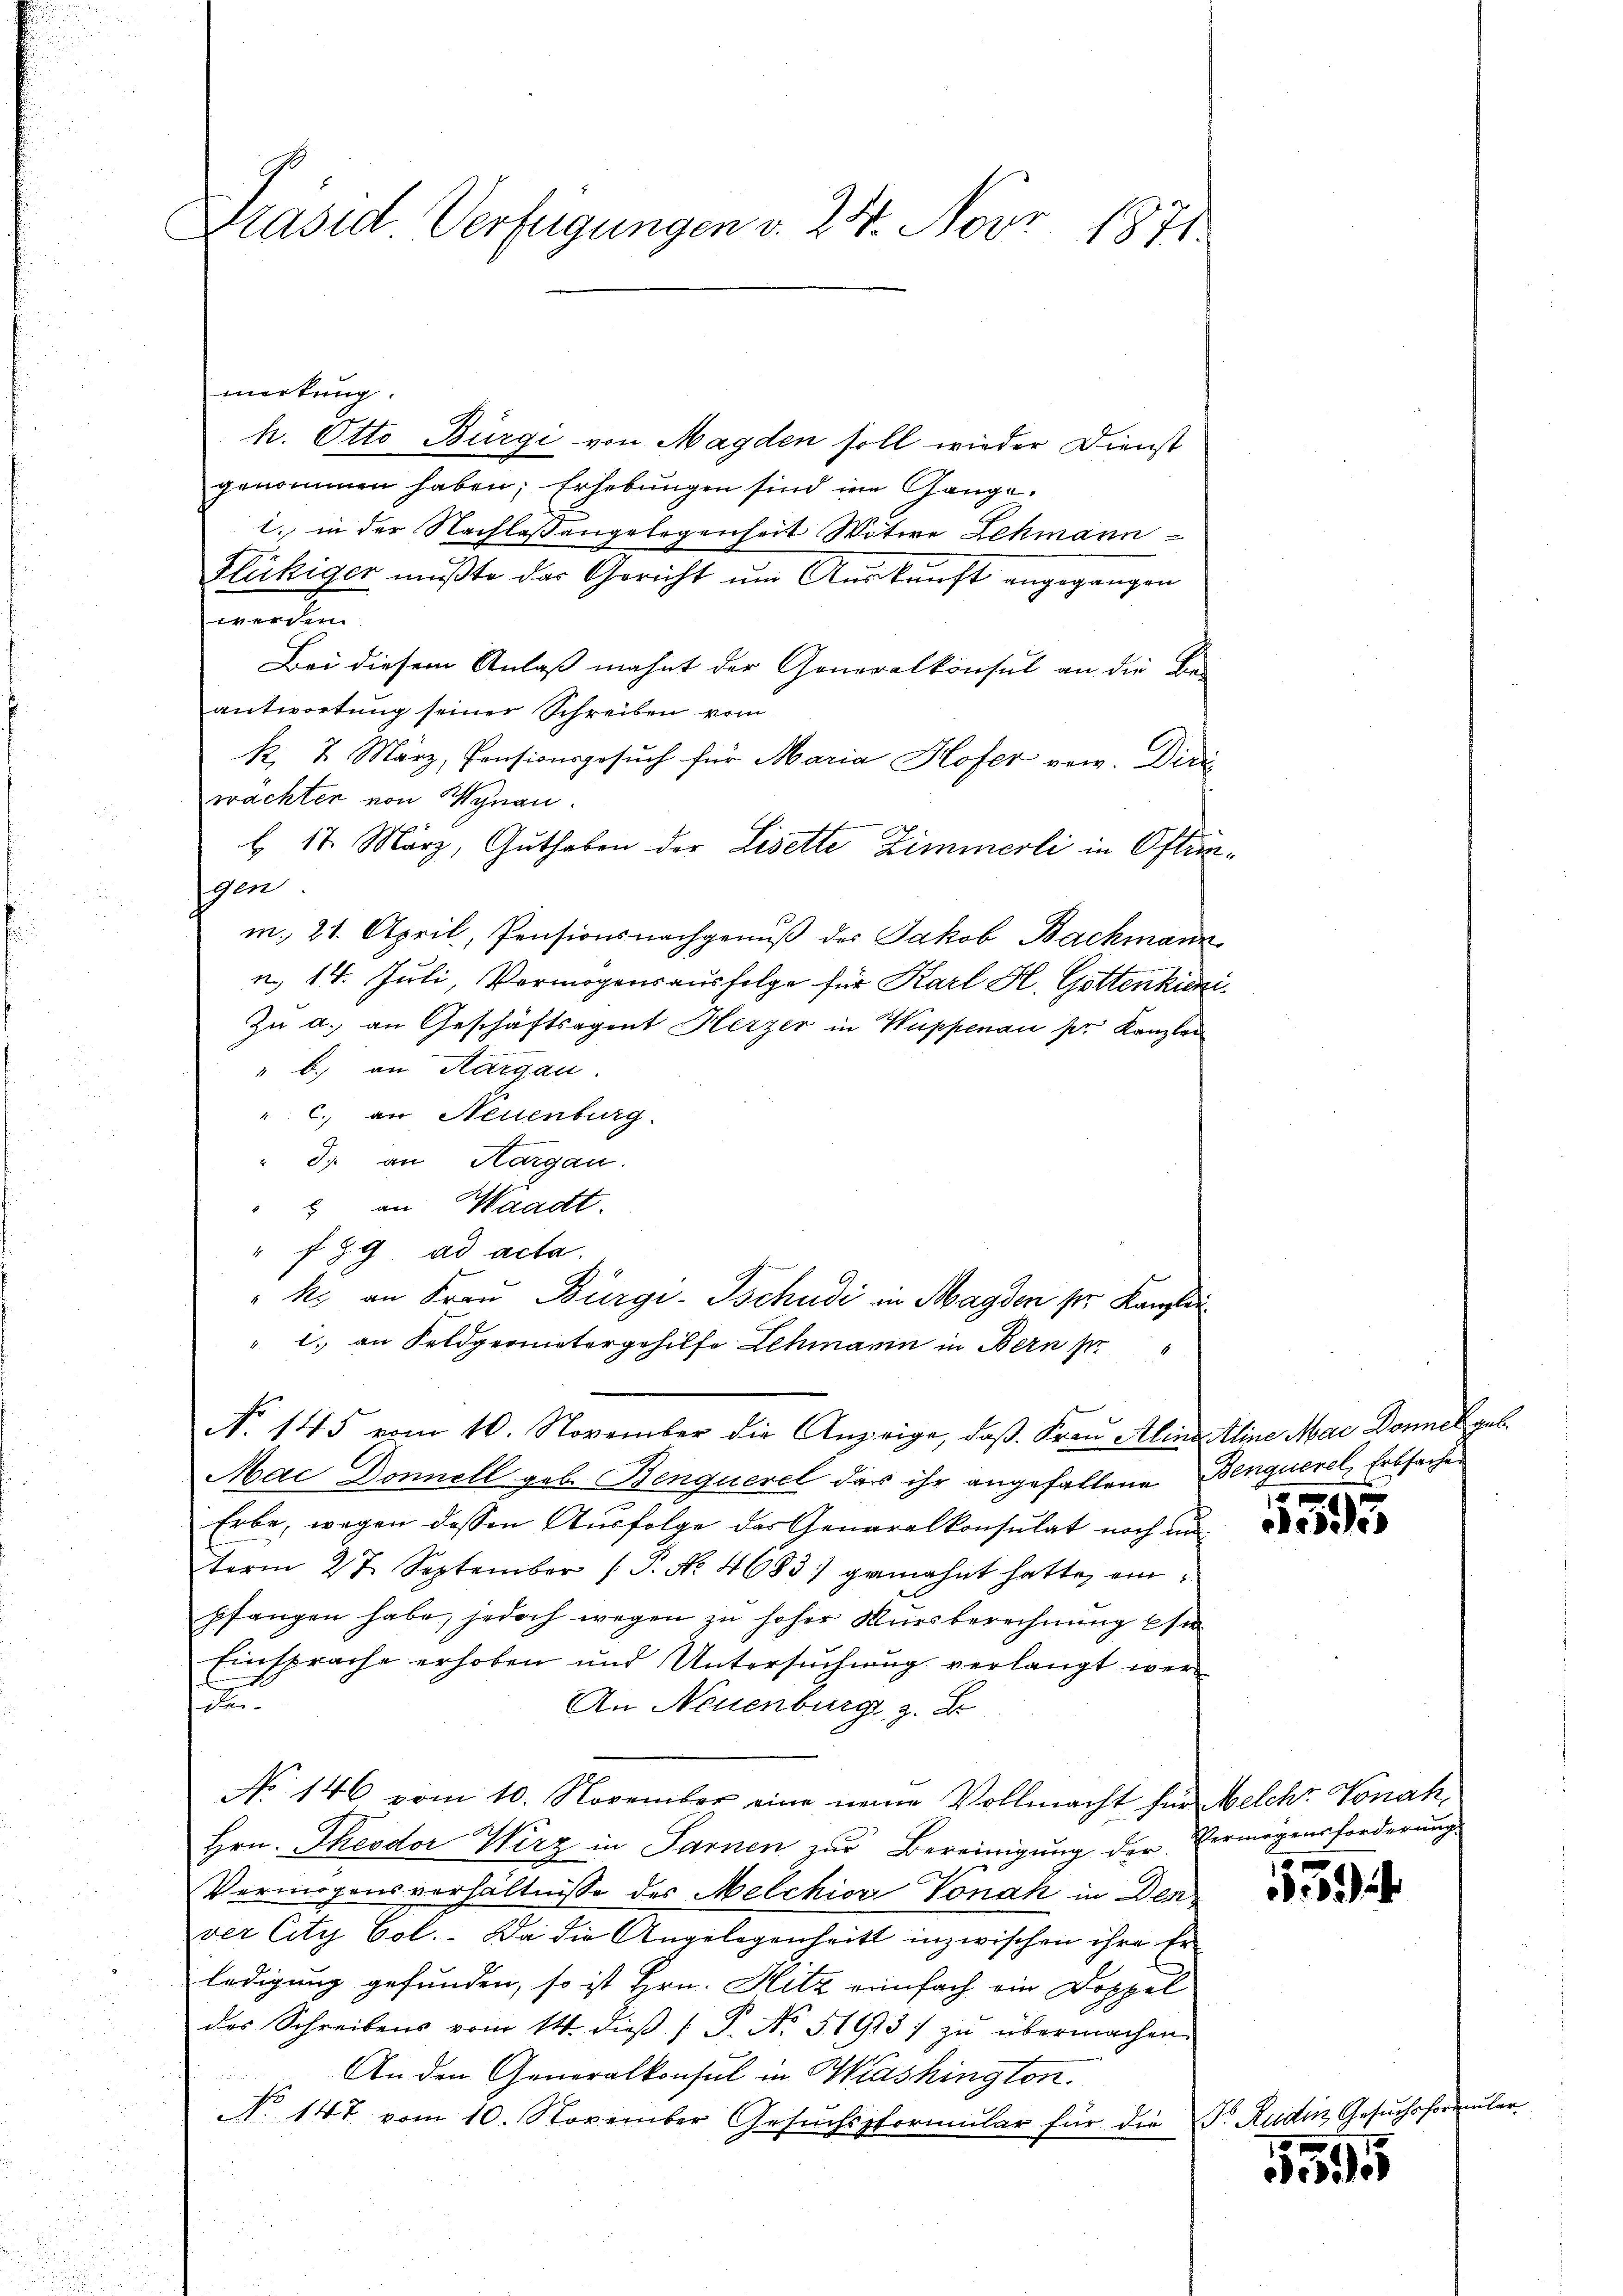
Präsid Verfügungen v. 24. Nobr 1871

h. Otto Bürgi von Magden soll wieder Dienst
genommen haben; Erhebungen sind im Gangel. in der Nachlassengelegenheit Witwe Lehmann
Fleckiger müßte das Gericht um Auskunft angegangen
e
Bei diesem Anlaß mahnt der Generalkonsul an die Be-
antwortung seiner Schreiben vom
k. 7. März, Pensionsgesŭch für Maria Hofer ger. Diri
wachter von Wynau.
 18. März, Guthaben der Lisette Zimmerli in Ostin
gen
m. 21. April, Pensionsnachgenuß des Jakob Bachmann
n., 14. Juli, Vermögensausfolge für Karl H. Gottenkini¬
Zu a. an Geschäftsagent Herzer in Wuppenau pr. Kanzlei
" b.) an Thurgau.
" c. an Neuenburg.
3. an Hargau.
" an Waadt.
" f 29. ad acta.
"ko an Frau Bürgi-Tschudi in Magden pr. Kanzlei
" c. an Feldgeometergehilfe Lehmann in Bern s
No 145 vom 10. November die Anzeige, daß Frau Aline Aline Mai Donnel geb.
Mac Donnell geb. Benquerel der ihr angefallene Benguerel, Erbsachen
Erbe, wegen dessen Ausfolge das Generalkonsulat noch un
term 27. September (T. No. 4683) gemahnt hatte, ein
pfangen habe, jedoch wegen zŭ hoher Kursberechnŭng sie
Einsprache erhoben und Untersuchung verlangt wer
i
An Neuenburg z. B.
No 146 vom 10. November eine neuen Vollmacht für Melche Vonah¬
Hrn. Theodor Wirz in Parnen zur Bereinigung der Vermögensforderung.
Vermögensverhältnisse des Melchior Vonak in Den
ver City Col.. Da die Angelegenheits inzwischen ihre Erledigung gefunden, so ist Hrn. Hitz einfach ein Doppel
des Schreibens vom 14. dieß ( P. No. 51913) zu übermachen.
An den Generalkonsul in Washington.
No 147 vom 10. November Gesuchssformŭlar für die Fr. Rudin Gesŭchsfor

merkung.

1

e

595

10 x
)

e
559

die